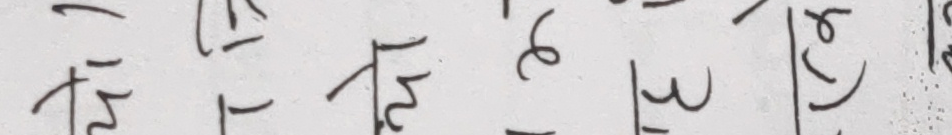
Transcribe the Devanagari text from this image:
ना निर ६ ३ ले ७